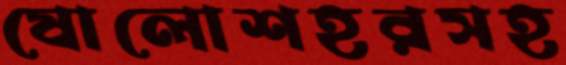
ষোলোশহরসহ